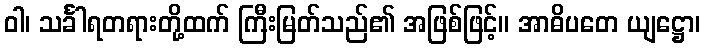
ဝါ၊ သင်္ခါရတရားတို့ထက် ကြီးမြတ်သည်၏ အဖြစ်ဖြင့်။ အာဓိပတေ ယျဋ္ဌော၊